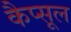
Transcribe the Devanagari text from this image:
कैप्‍सूल